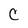
Character: c